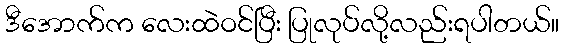
ဒီအောက်က လေးထဲဝင်ပြီး ပြုလုပ်လို့လည်းရပါတယ်။